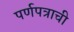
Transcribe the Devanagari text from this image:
पर्णपत्राची